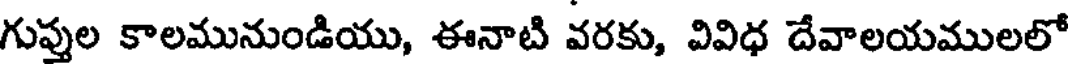
గుప్తుల కాలమునుండియు, ఈనాటి వరకు, వివిధ దేవాలయములలో